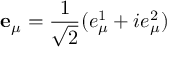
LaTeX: \mathbf { e } _ { \mu } = \frac { 1 } { \sqrt 2 } ( e _ { \mu } ^ { 1 } + i e _ { \mu } ^ { 2 } )